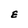
Character: E